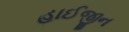
હાઈજીન